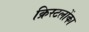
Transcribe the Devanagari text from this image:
क्रिस्टलोंका